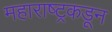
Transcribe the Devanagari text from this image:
महाराष्ट्रकडून